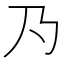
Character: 𱍹